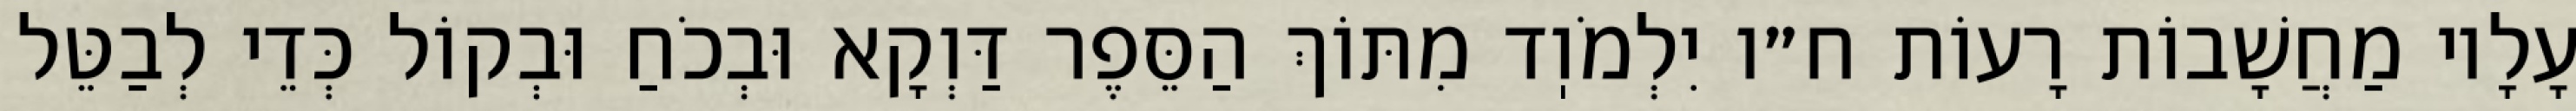
עָלָיו מַחֲשָׁבוֹת רָעוֹת ח״ו יִלְמֹוֽד מִתּוֹךְ הַסֵּפֶר דַּוְקָא וּבְכֹחַ וּבְקוֹל כְּדֵי לְבַטֵּל